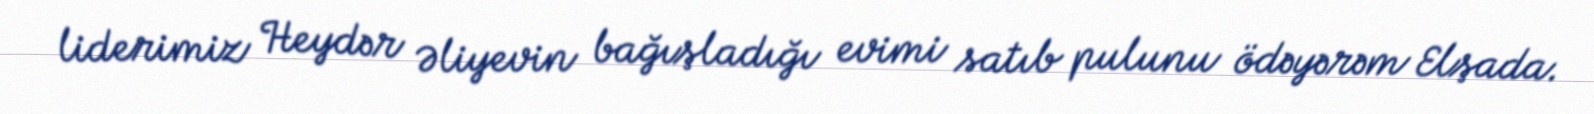
liderimiz Heydər Əliyevin bağışladığı evimi satıb pulunu ödəyərəm Elşada.